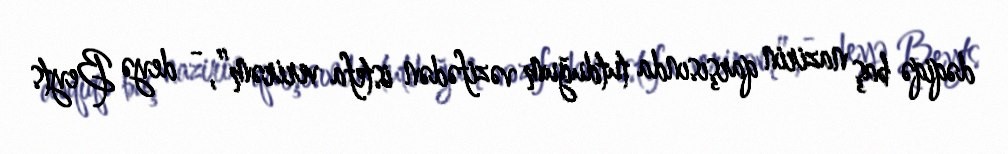
dəqiqə baş nazirin qarşısında tutduğum vəzifədən istefa verirəm”, - deyə Beyts